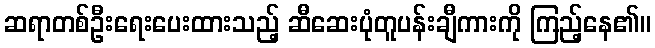
ဆရာတစ်ဦးရေးပေးထားသည့် ဆီဆေးပုံတူပန်းချီကားကို ကြည့်နေ၏။